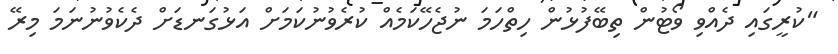
"ކުރީގައި ދެއްވި ވޯޓުން ތިބޭފުޅުން ހިތްހަމަ ނުޖެހޭކަމެއް ކުރެވުނުކަމަށް އަޅުގަނޑަށް ދެކެވުނުނަމަ މިރޭ